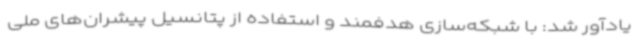
یادآور شد: با شبکه‌سازی هدفمند و استفاده از پتانسیل پیشران‌های ملی